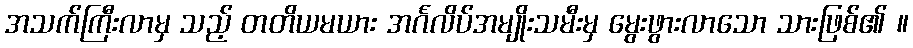
အသက်ကြီးလာမှ သည့် တတိယမယား အင်္ဂလိပ်အမျိုးသမီးမှ မွေးဖွားလာသော သားဖြစ်၏ ။